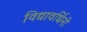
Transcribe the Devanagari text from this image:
विद्यावर्धिनी